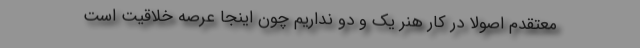
معتقدم اصولاً در کار هنر یک و دو نداریم چون اینجا عرصه خلاقیت است